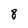
Character: 8